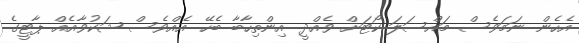
އެހެން ނަމަވެސް މައްސަލަ ކޯޓަށް ވެއްދީ އިންތިހާބާ ބެހޭ އެއްވެސް ޝަކުވާއެއް ޕާޓީގެ